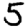
Digit: 5